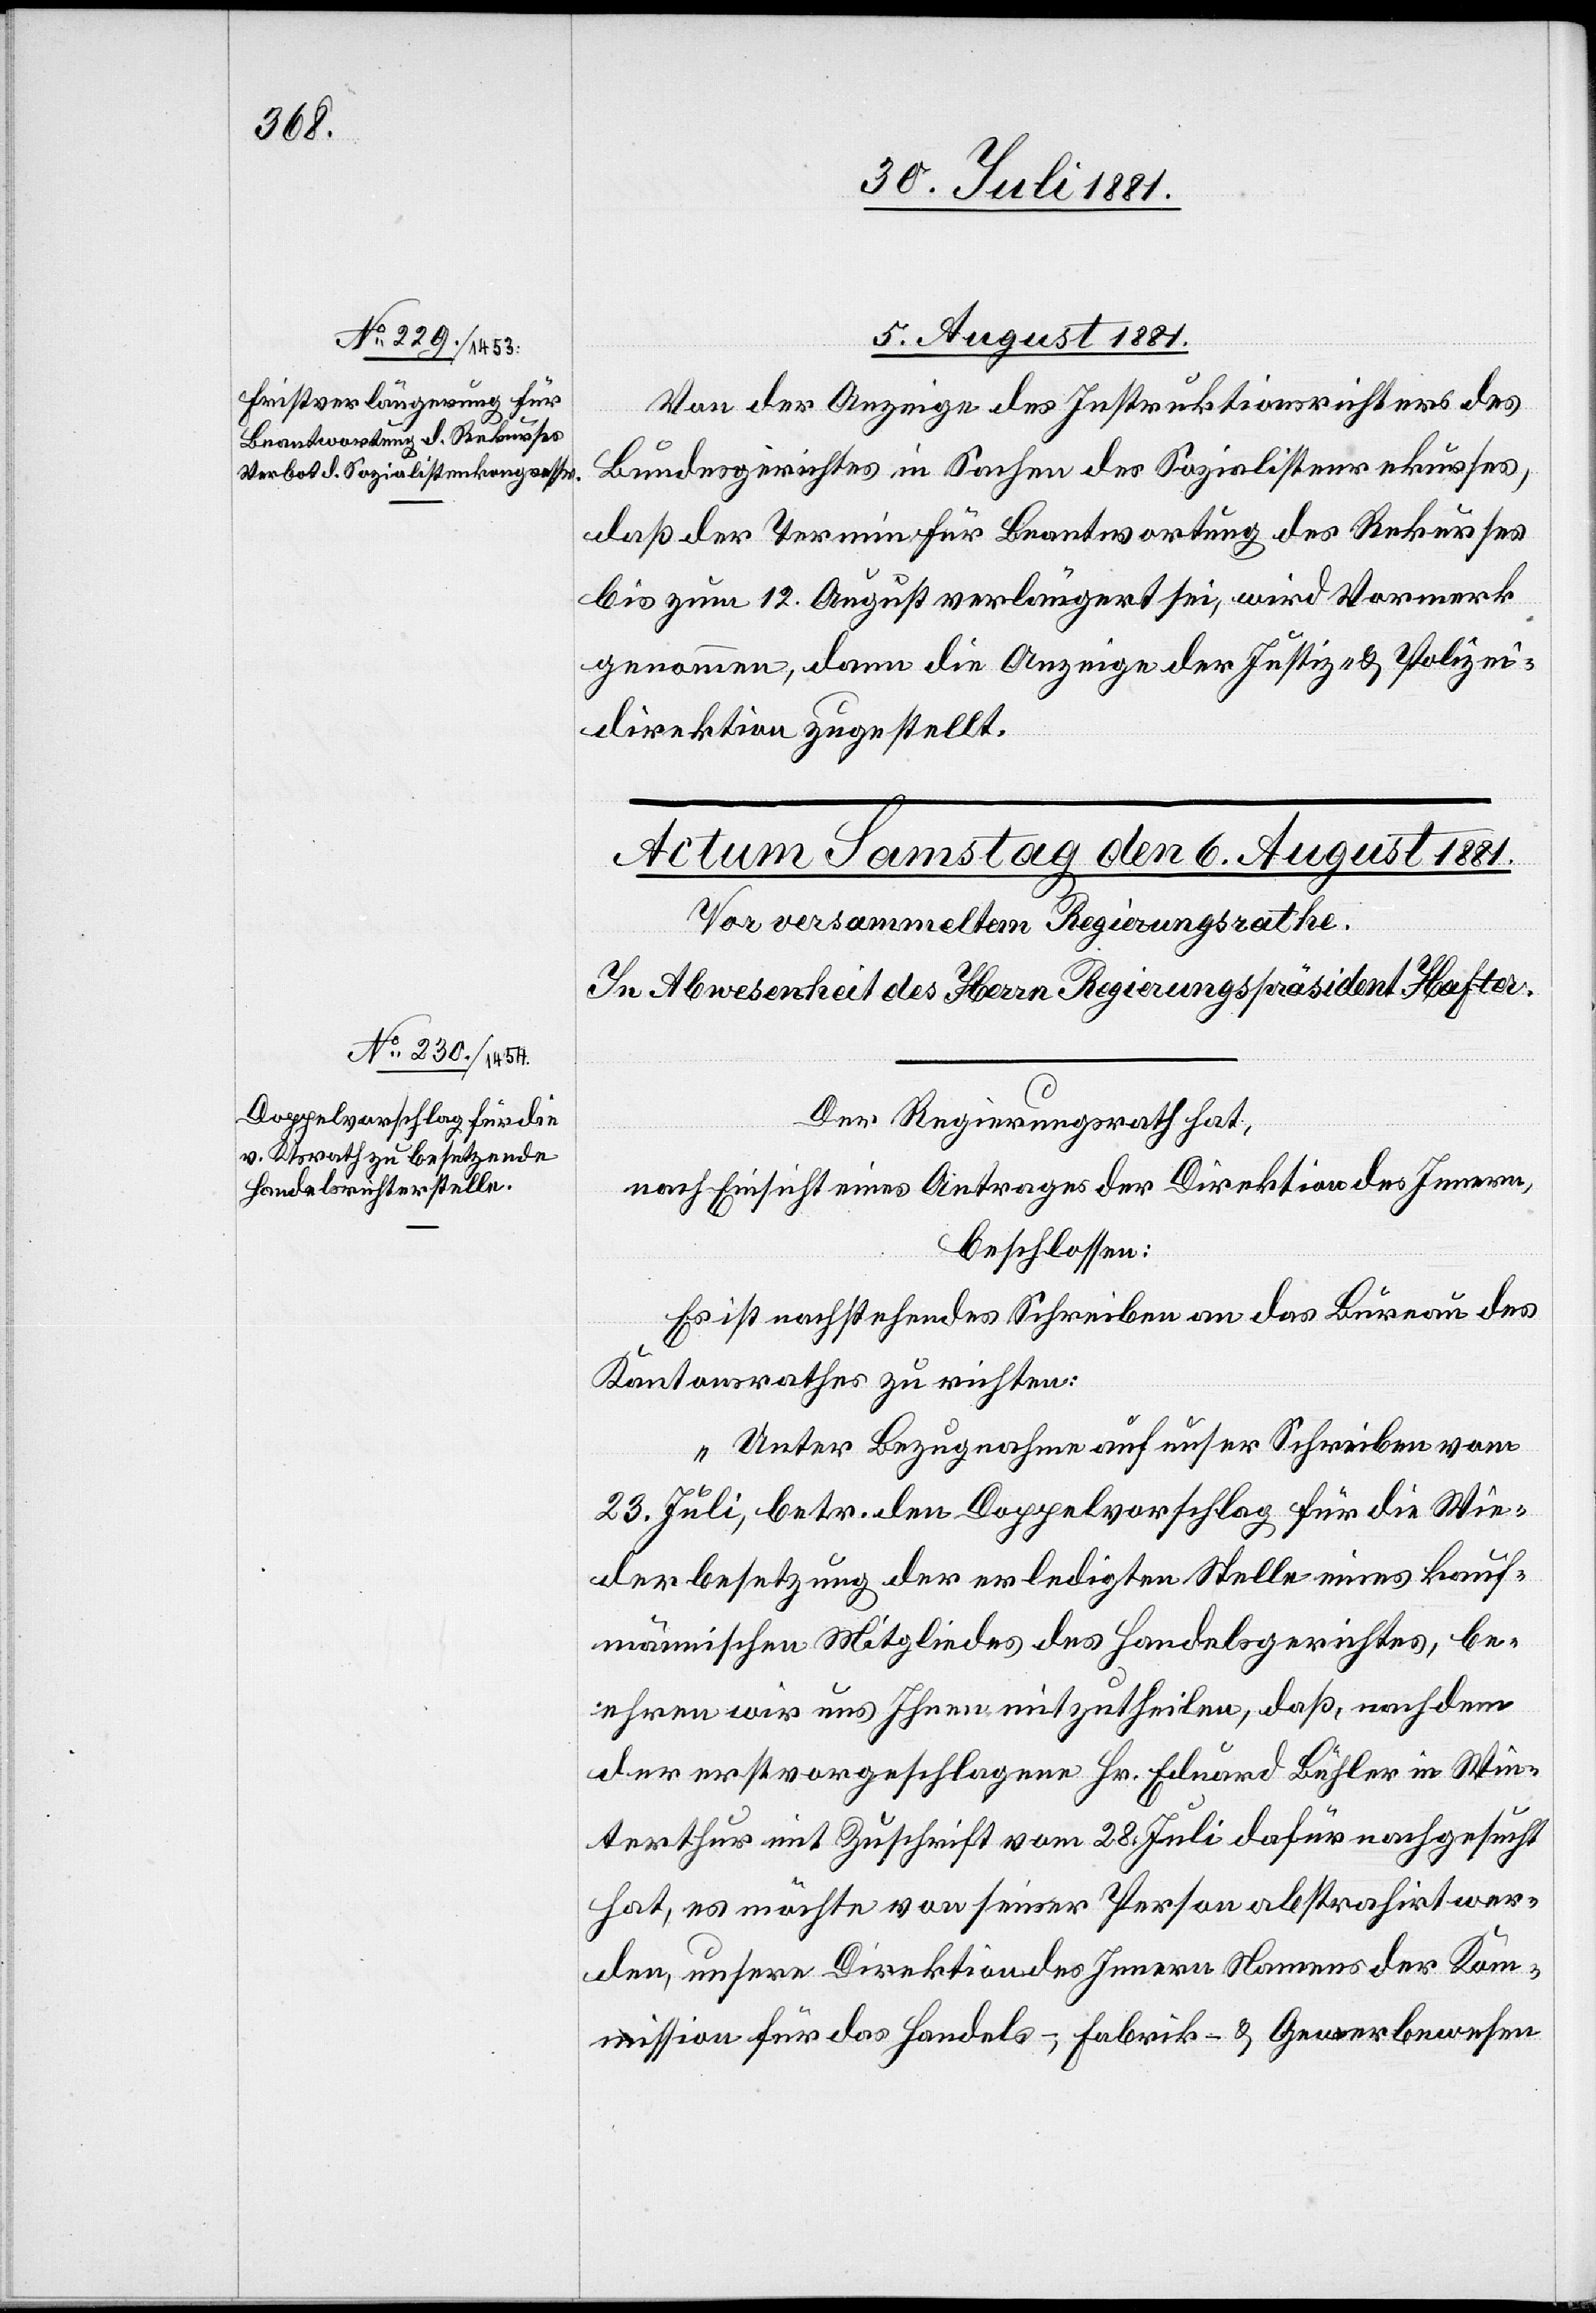
5. August 1881.
Von der Anzeige des Instruktionsrichters des
Bundesgerichtes in Sachen des Sozialistenrekurses,
daß der Termin für Beantwortung des Rekurses
bis zum 12. August verlängert sei, wird Vormerk
genommen, dann die Anzeige der Justiz- & Polizei¬
direktion zugestellt.
Der Regierungsrath hat,
nach Einsicht eines Antrages der Direktion des Innern,
beschlossen:
Es ist nachstehendes Schreiben an das Bureau des
Kantonsrathes zu richten:
„Unter Bezugnahme auf unser Schreiben vom
23. Juli, betr. den Doppelvorschlag für die Wie¬
derbesetzung der erledigten Stelle eines kauf¬
männischen Mitgliedes des Handelsgerichtes, be¬
ehren wir uns Ihnen mitzutheilen, daß, nachdem
der erstvorgeschlagene Hr. Eduard Bühler in Win¬
terthur mit Zuschrift vom 28. Juli dafür nachgesucht
hat, es möchte von seiner Person abstrahirt wer¬
den, unsere Direktion des Innern Namens der Kom¬
mission für das Handels-, Fabrik- & Gewerbewesen